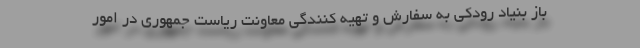
باز بنیاد رودکی به سفارش و تهیه کنندگی معاونت ریاست جمهوری در امور